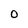
Character: O